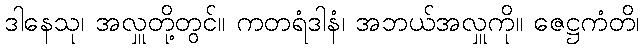
ဒါနေသု၊ အလှူတို့တွင်။ ကတရံဒါနံ၊ အဘယ်အလှူကို။ ဇေဋ္ဌကံတိ၊